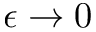
\epsilon \to 0